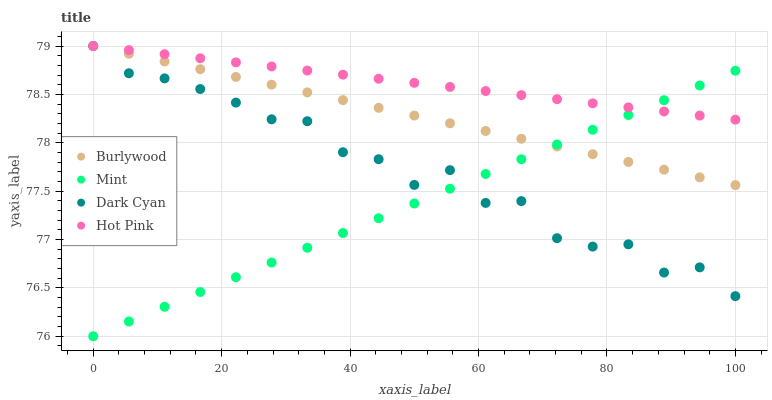
| xaxis_label | Burlywood | Mint | Dark Cyan | Hot Pink |
 | --- | --- | --- | --- | --- |
 | 0 | 79 | 76 | 79 | 79 |
 | 5.56 | 78.9 | 76.2 | 78.7 | 79 |
 | 11.1 | 78.8 | 76.3 | 78.7 | 78.9 |
 | 16.7 | 78.8 | 76.5 | 78.6 | 78.9 |
 | 22.2 | 78.7 | 76.6 | 78.4 | 78.8 |
 | 27.8 | 78.6 | 76.8 | 78.2 | 78.8 |
 | 33.3 | 78.5 | 76.9 | 78.2 | 78.7 |
 | 38.9 | 78.4 | 77.1 | 77.9 | 78.7 |
 | 44.4 | 78.4 | 77.2 | 77.8 | 78.7 |
 | 50 | 78.3 | 77.4 | 77.6 | 78.6 |
 | 55.6 | 78.2 | 77.5 | 77.7 | 78.6 |
 | 61.1 | 78.1 | 77.7 | 77.4 | 78.5 |
 | 66.7 | 78 | 77.8 | 77.4 | 78.5 |
 | 72.2 | 78 | 78 | 77 | 78.5 |
 | 77.8 | 77.9 | 78.1 | 76.9 | 78.4 |
 | 83.3 | 77.8 | 78.3 | 77 | 78.4 |
 | 88.9 | 77.7 | 78.4 | 76.7 | 78.3 |
 | 94.4 | 77.6 | 78.6 | 76.7 | 78.3 |
 | 100 | 77.6 | 78.7 | 76.4 | 78.2 |